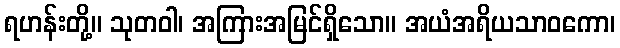
ရဟန်းတို့။ သုတဝါ၊ အကြားအမြင်ရှိသော။ အယံအရိယသာဝကော၊